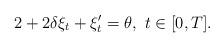
LaTeX: \begin{align*}2+2\delta\xi_t+\xi_t'=\theta,\ t\in [0,T].\end{align*}